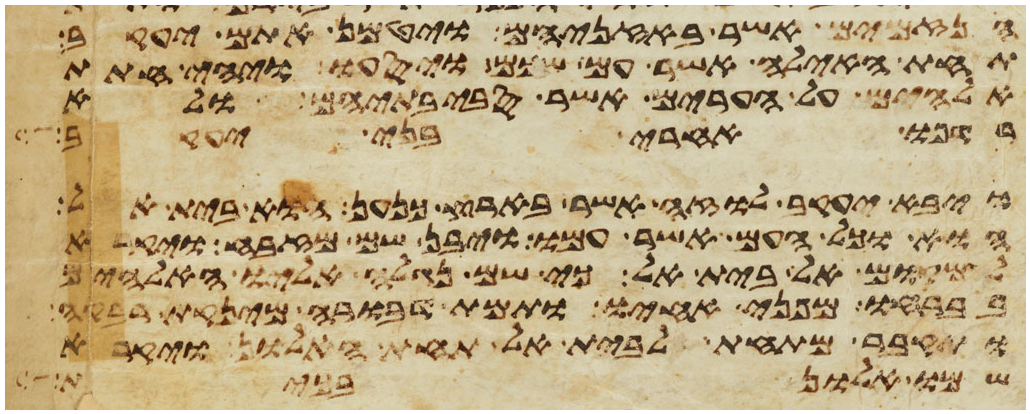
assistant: הנזמים אשר באזניהם ויטמן אתם יעקב
תחת האילה אשר עם שכם ויסעו ויהי חתת
אלהים על הערים אשר סביבתיהם ולא
רדפו אחרי בני יעקב
ויבא יעקב לוזה אשר בארץ כנען הוא בית אל
הוא וכל העם אשר עמו ויבן שם מזבח ויקרא
למקום אל בית אל כי שם נגלה אליו האלהים
בברחו מפני אחיו ותמת דבורה מינקת רבקה
ותקבר מתחת לבית אל תחת האלון ויקרא
שמו אלון בכית